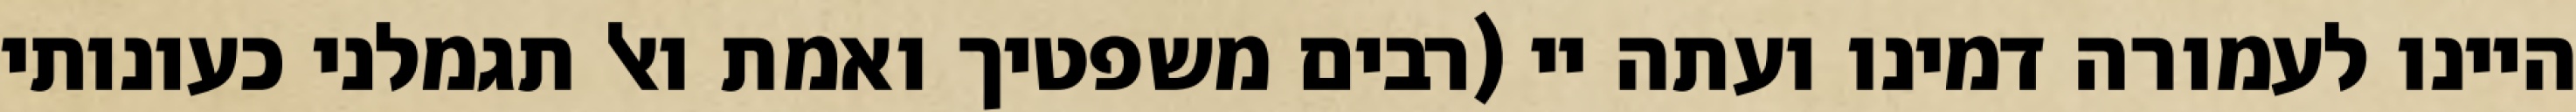
היינו לעמורה דמינו ועתה יי (רבים משפטיך ואמת ואל תגמלני כעונותי